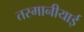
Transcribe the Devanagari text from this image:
तस्मानीयाई